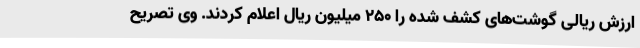
ارزش ریالی گوشت‌های کشف شده را 250 میلیون ریال اعلام کردند. وی تصریح